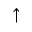
\uparrow